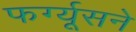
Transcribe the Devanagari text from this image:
फर्ग्यूसने